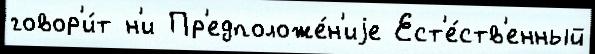
говор'и́т н'и Пр'едположе́н'иjе Ест'е́ств'енный